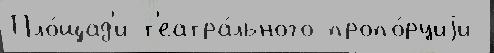
Пло́щад'и т'еатра́льного пропо́рциjи